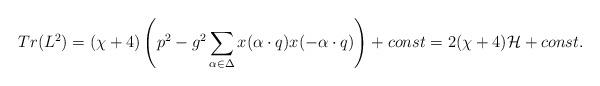
LaTeX: \begin{align*}Tr(L^2)=(\chi+4)\left(p^2-g^2\sum_{\alpha\in\Delta}x(\alpha\cdot q)x(-\alpha\cdot q)\right)+const=2(\chi+4){\cal H}+const.\end{align*}